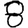
Digit: 8